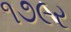
૧૭૯ર